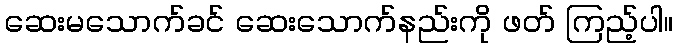
ဆေးမသောက်ခင် ဆေးသောက်နည်းကို ဖတ် ကြည့်ပါ။